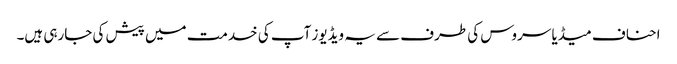
احناف میڈیا سروس کی طرف سے یہ ویڈیوز آپ کی خدمت میں پیش کی جارہی ہیں۔